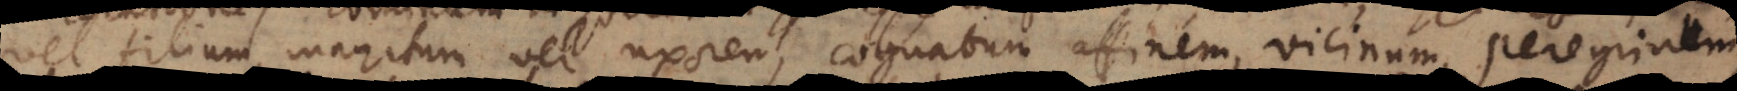
vel filium, maritum vel uxorem, cognatum affinem, vicinum, peregrinum,